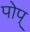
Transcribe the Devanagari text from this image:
पोप्